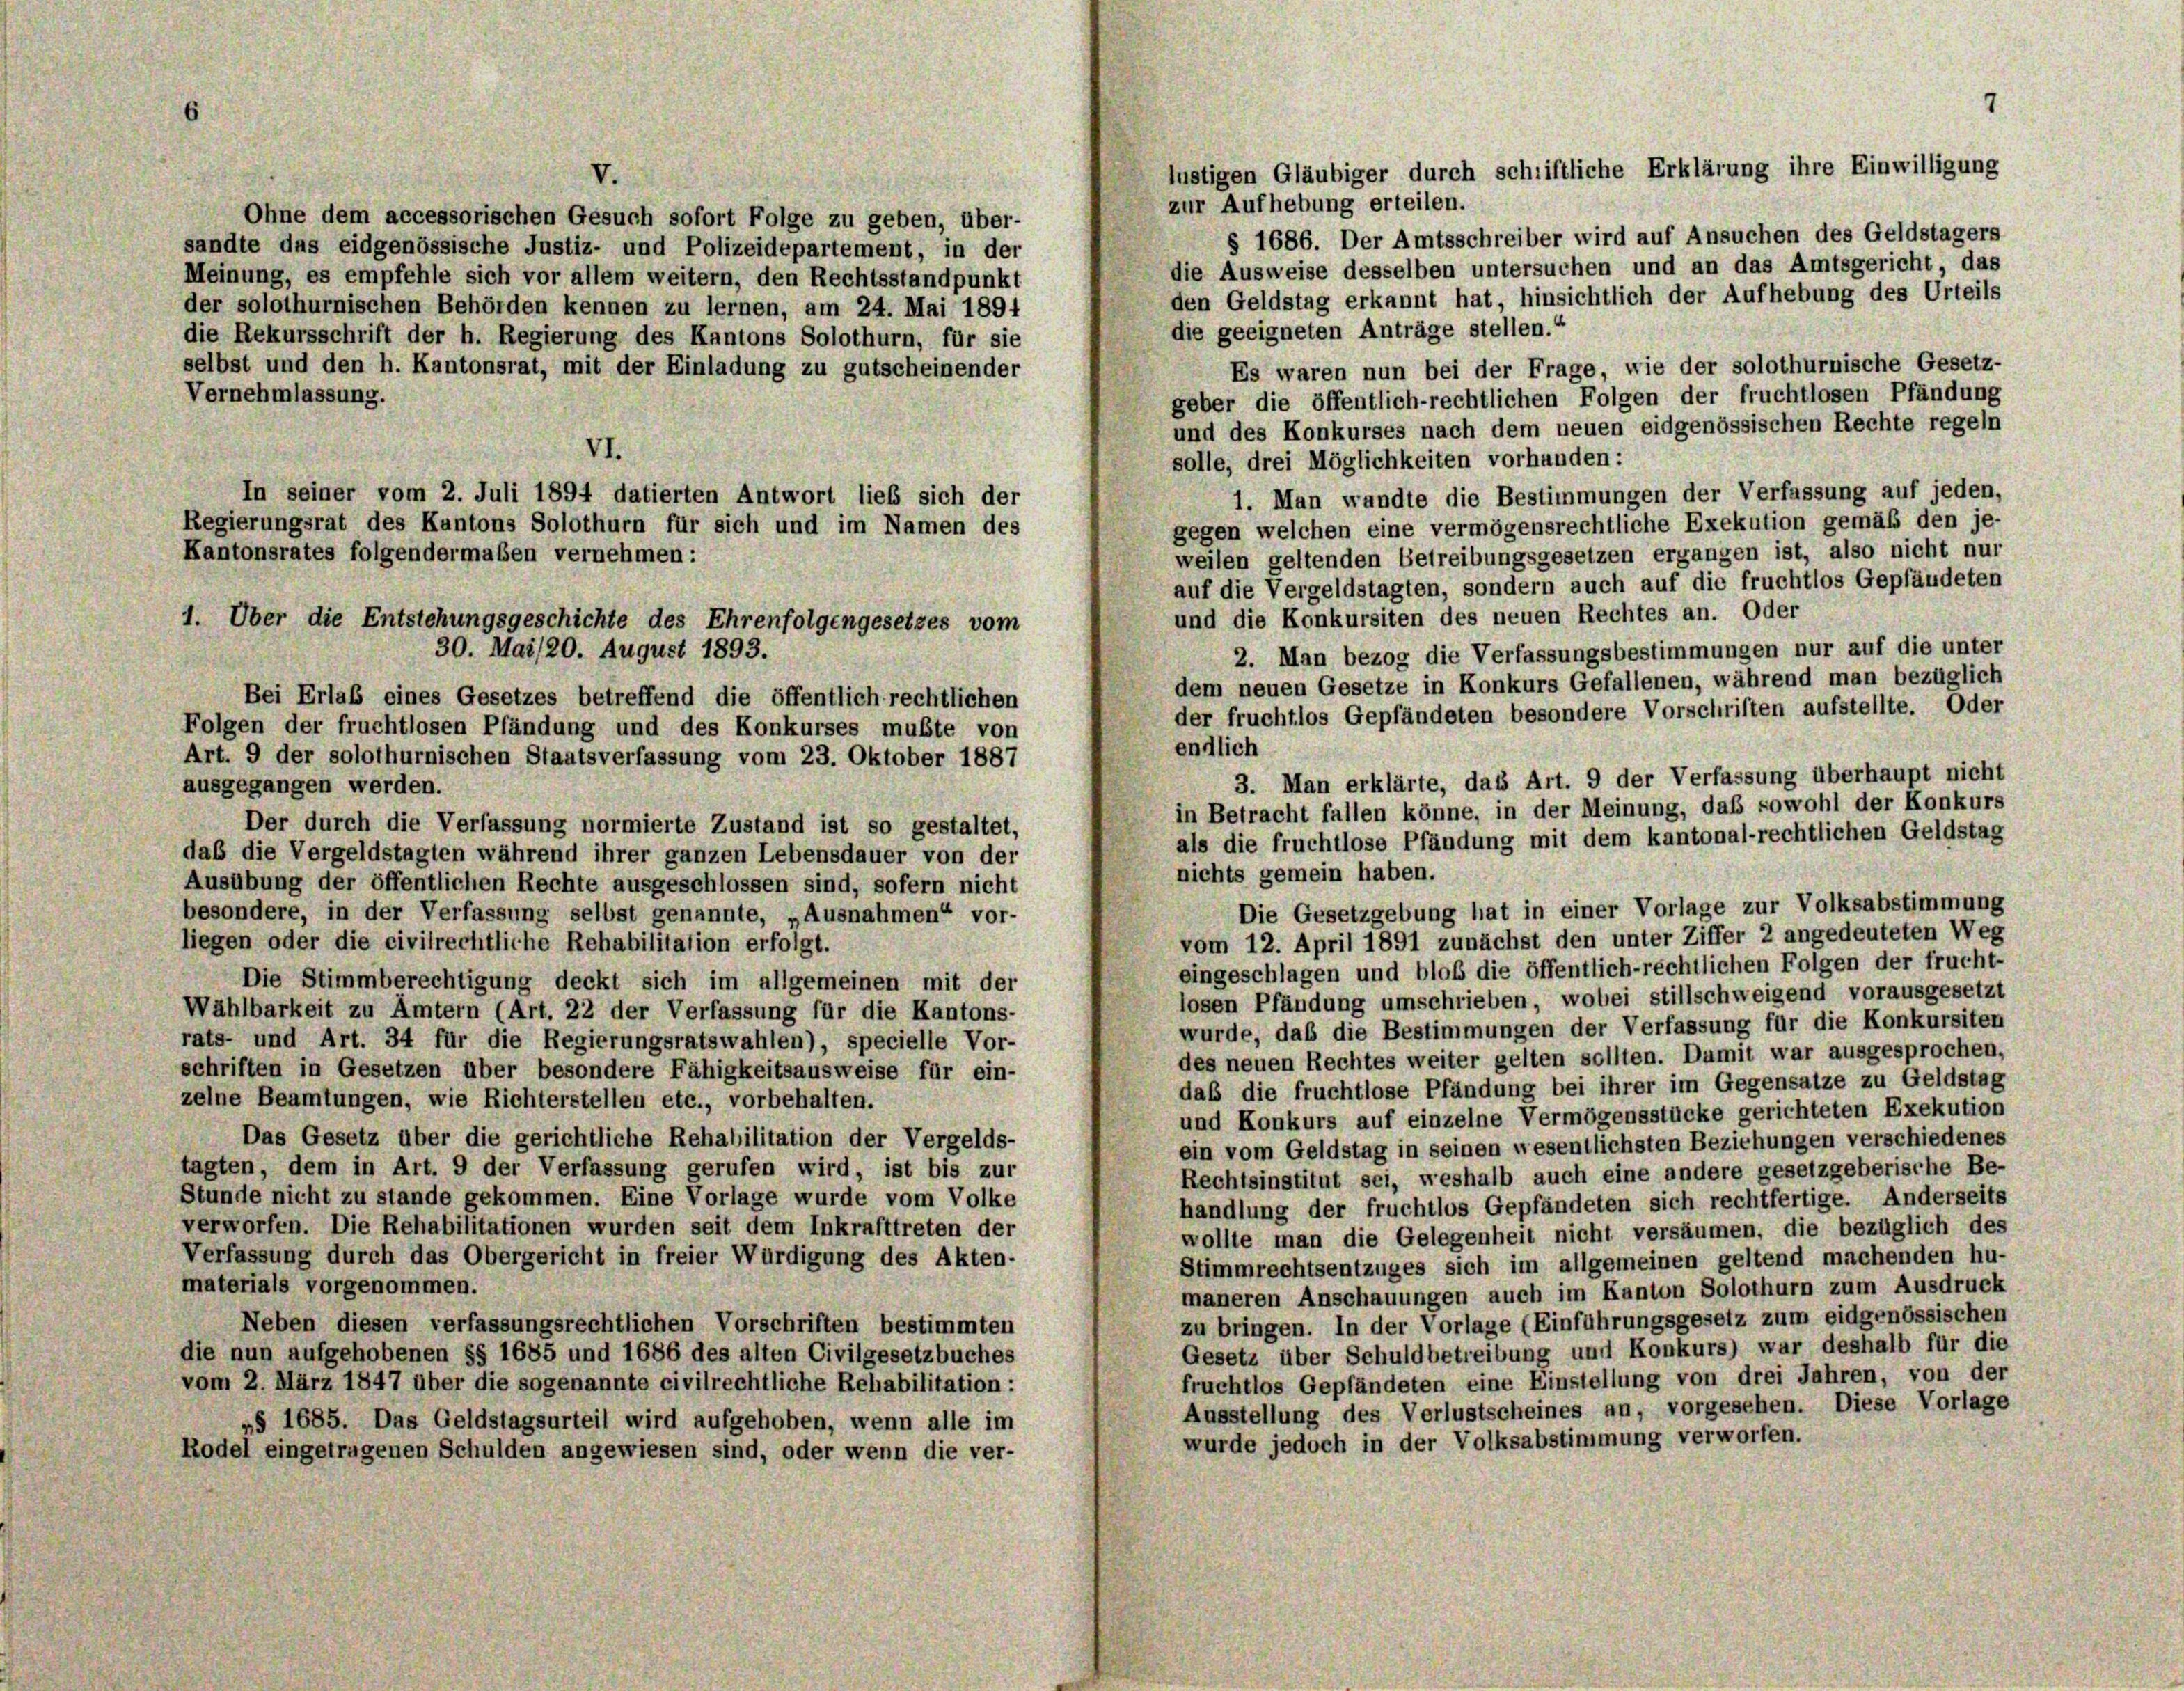
zur Aufhebung erteilen.
Ohne dem accessorischen Gesuch sofort Folge zu geben, über-
§ 1686. Der Amtsschreiber wird auf Ansuchen des Geldstagers
sandte das eidgenössische Justiz- und Polizeidepartement, in der
die Ausweise desselben untersuchen und an das Amtsgericht, das
Meinung, es empfehle sich vor allem weitern, den Rechtsstandpunkt
den Geldstag erkannt hat, hinsichtlich der Aufhebung des Urteils
der solothurnischen Behörden kennen zu lernen, am 24. Mai 1894
die geeigneten Anträge stellen.“
die Rekursschrift der h. Regierung des Kantons Solothurn, für sie
selbst und den h. Kantonsrat, mit der Einladung zu gutscheinender
Es waren nun bei der Frage, wie der solothurnische Gesetz-
Vernehmlassung.
geber die öffentlich-rechtlichen Folgen der fruchtlosen Pfändung
und des Konkurses nach dem neuen eidgenössischen Rechte regeln
VI.
solle, drei Möglichkeiten vorhanden:
In seiner vom 2. Juli 1894 datierten Antwort lieb sich der
1. Man wandte die Bestimmungen der Verfassung auf jeden,
Regierungsrat des Kantons Solothurn für sich und im Namen des
gegen welchen eine vermögensrechtliche Exekution gemäß den je-
Kantonsrates folgendermaßen vernehmen:
weilen geltenden Betreibungsgesetzen ergangen ist, also nicht nur
auf die Vergeldstagten, sondern auch auf die fruchtlos Gepfändeten
und die Konkursiten des neuen Rechtes an. Oder
2. Man bezog die Verfassungsbestimmungen nur auf die unter
dem neuen Gesetze in Konkurs Gefallenen, während man bezüglich
Bei Erlaß eines Gesetzes betreffend die öffentlich rechtlichen
der fruchtlos Gepfändeten besondere Vorschriften aufstellte. Oder
Folgen der fruchtlosen Pfändung und des Konkurses mußte von
endlich
Art. 9 der solothurnischen Staatsverfassung vom 23. Oktober 1887
3. Man erklärte, das Art. 9 der Verfassung überhaupt nicht
ausgegangen werden.
in Betracht fallen könne, in der Meinung, daß sowohl der Konkurs
Der durch die Verfassung normierte Zustand ist so gestaltet,
als die fruchtlose Pfändung mit dem kantonal-rechtlichen Geldstag
daß die Vergeldstagten während ihrer ganzen Lebensdauer von der
nichts gemein haben.
Ausübung der öffentlichen Rechte ausgeschlossen sind, sofern nicht
Die Gesetzgebung hat in einer Vorlage zur Volksabstimmung
besondere, in der Verfassung selbst genannte, „Ausnahmen“ vor-
vom 12. April 1891 zunächst den unter Ziffer 2 angedeuteten Weg
liegen oder die civilrechtliche Rehabilitation erfolgt.
eingeschlagen und bloß die öffentlich-rechtlichen Folgen der frucht-
Die Stimmberechtigung deckt sich im allgemeinen mit der
losen Pfändung umschrieben, wobei stillschweigend vorausgesetzt
Wählbarkeit zu Ämtern (Art. 22 der Verfassung für die Kantons-
wurde, daß die Bestimmungen der Verfassung für die Konkursiten
rats- und Art. 34 für die Regierungsratswahlen), specielle Vor-
des neuen Rechtes weiter gelten sollten. Dumit war ausgesprochen,
schriften in Gesetzen über besondere Fähigkeitsausweise für ein-
das die fruchtlose Pfändung bei ihrer im Gegensatze zu Geldstag
zelne Beamtungen, wie Richterstellen etc., vorbehalten.
und Konkurs auf einzelne Vermögensstücke gerichteten Exekution
Das Gesetz über die gerichtliche Rehabilitation der Vergelds-
ein vom Geldstag in seinen wesentlichsten Beziehungen verschiedenes
tagten, dem in Art. 9 der Verfassung gerufen wird, ist bis zur
Rechtsinstitut sei, weshalb auch eine andere gesetzgeberische Be-
Stunde nicht zu stande gekommen. Eine Vorlage wurde vom Volke
handlung der fruchtlos Gepfändeten sich rechtfertige. Anderseits
verworfen. Die Rehabilitationen wurden seit dem Inkrafttreten der
wollte man die Gelegenheit nicht versäumen, die bezüglich des
Verfassung durch das Obergericht in freier Würdigung des Akten-
Stimmrechtsentzuges sich im allgemeinen geltend machenden hu-
materials vorgenommen.
maneren Anschauungen auch im Kanton Solothurn zum Ausdruck
zu bringen. In der Vorlage (Einführungsgesetz zum eidgenössischen
Neben diesen verfassungsrechtlichen Vorschriften bestimmten
Gesetz über Schuldbetreibung und Konkurs) war deshalb für die
die nun aufgehobenen §§ 1685 und 1686 des alten Civilgesetzbuches
fruchtlos Gepfändeten eine Einstellung von drei Jahren, von der
vom 2. März 1847 über die sogenannte civilrechtliche Rehabilitation:
Ausstellung des Verlustscheines an, vorgesehen. Diese Vorlage
»§ 1685. Das Geldstagsurteil wird aufgehoben, wenn alle im
wurde jedoch in der Volksabstimmung verworfen.
Rodel eingetragenen Schulden angewiesen sind, oder wenn die ver-

V.

1. Über die Entstehungsgeschichte des Ehrenfolgengesetzes vom
30. Mai /20. August 1893.

7
lustigen Gläubiger durch schriftliche Erklärung ihre Einwilligung